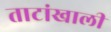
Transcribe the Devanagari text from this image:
ताटांखाली